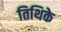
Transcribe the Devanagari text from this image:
तिथिके